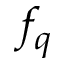
f _ { q }